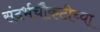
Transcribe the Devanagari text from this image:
संदर्भचौकटीच्या